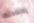
إفتقدتك